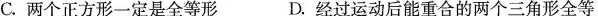
C.两个正方形一定是全等形 D.经过运动后能重合的两个三角形全等